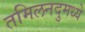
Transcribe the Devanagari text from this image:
तमिलनदुमध्ये